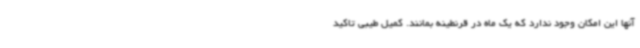
آنها این امکان وجود ندارد که یک ماه در قرنطینه بمانند. کمیل طیبی تاکید